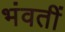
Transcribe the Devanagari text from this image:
भंवतीं